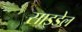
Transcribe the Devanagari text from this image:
साइडेल